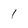
Character: 1